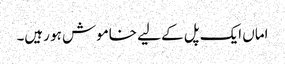
اماں ایک پل کے لیے خاموش ہو رہیں۔